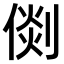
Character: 𠋴